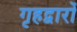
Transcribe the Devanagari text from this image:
गृहद्वारों